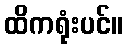
ထိကရုံးပင်။